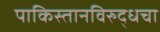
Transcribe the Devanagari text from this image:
पाकिस्तानविरुद्धचा